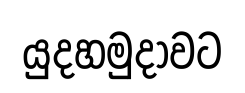
යුදහමුදාවට